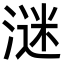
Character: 㴹